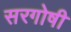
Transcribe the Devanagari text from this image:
सरगोषी